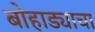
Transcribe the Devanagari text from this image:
बोहाड्याचा